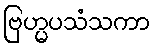
ဗြဟ္မပသံသကာ